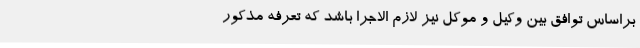
براساس توافق بین وکیل و موکل نیز لازم الاجرا باشد که تعرفه مذکور